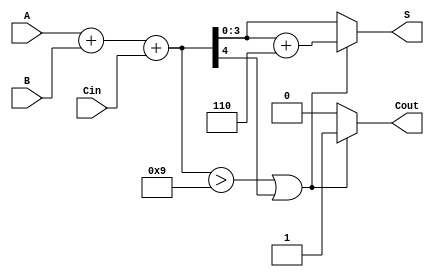
module BCD_Ripple_Carry_Adder (
    input  [3:0] A,      // BCD input A
    input  [3:0] B,      // BCD input B
    input        Cin,     // Carry input
    output reg [3:0] S,   // BCD sum output
    output reg Cout       // Carry output
);

    wire [4:0] sum;       // Intermediate sum (5 bits to accommodate carry)
    wire correction_needed; // Flag to indicate if correction is needed

    // Calculate the initial binary sum
    assign sum = A + B + Cin;

    // Determine if correction is needed
    assign correction_needed = (sum > 9) || (sum[4] == 1);

    // BCD correction logic
    always @(*) begin
        if (correction_needed) begin
            S = sum + 5'b00110; // Add 6 (0110) for BCD correction
            Cout = 1;           // Set carry out
        end else begin
            S = sum[3:0];       // No correction needed
            Cout = 0;           // No carry out
        end
    end

endmodule